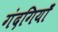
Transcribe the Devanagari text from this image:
गंदगियाँ